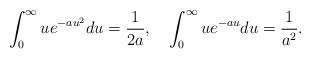
LaTeX: \begin{align*}\int_0^{\infty} u e^{-a u^2} du =\frac{1}{2a},\quad\int_0^{\infty} u e^{-au} du = \frac{1}{a^2}.\end{align*}